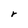
Character: r